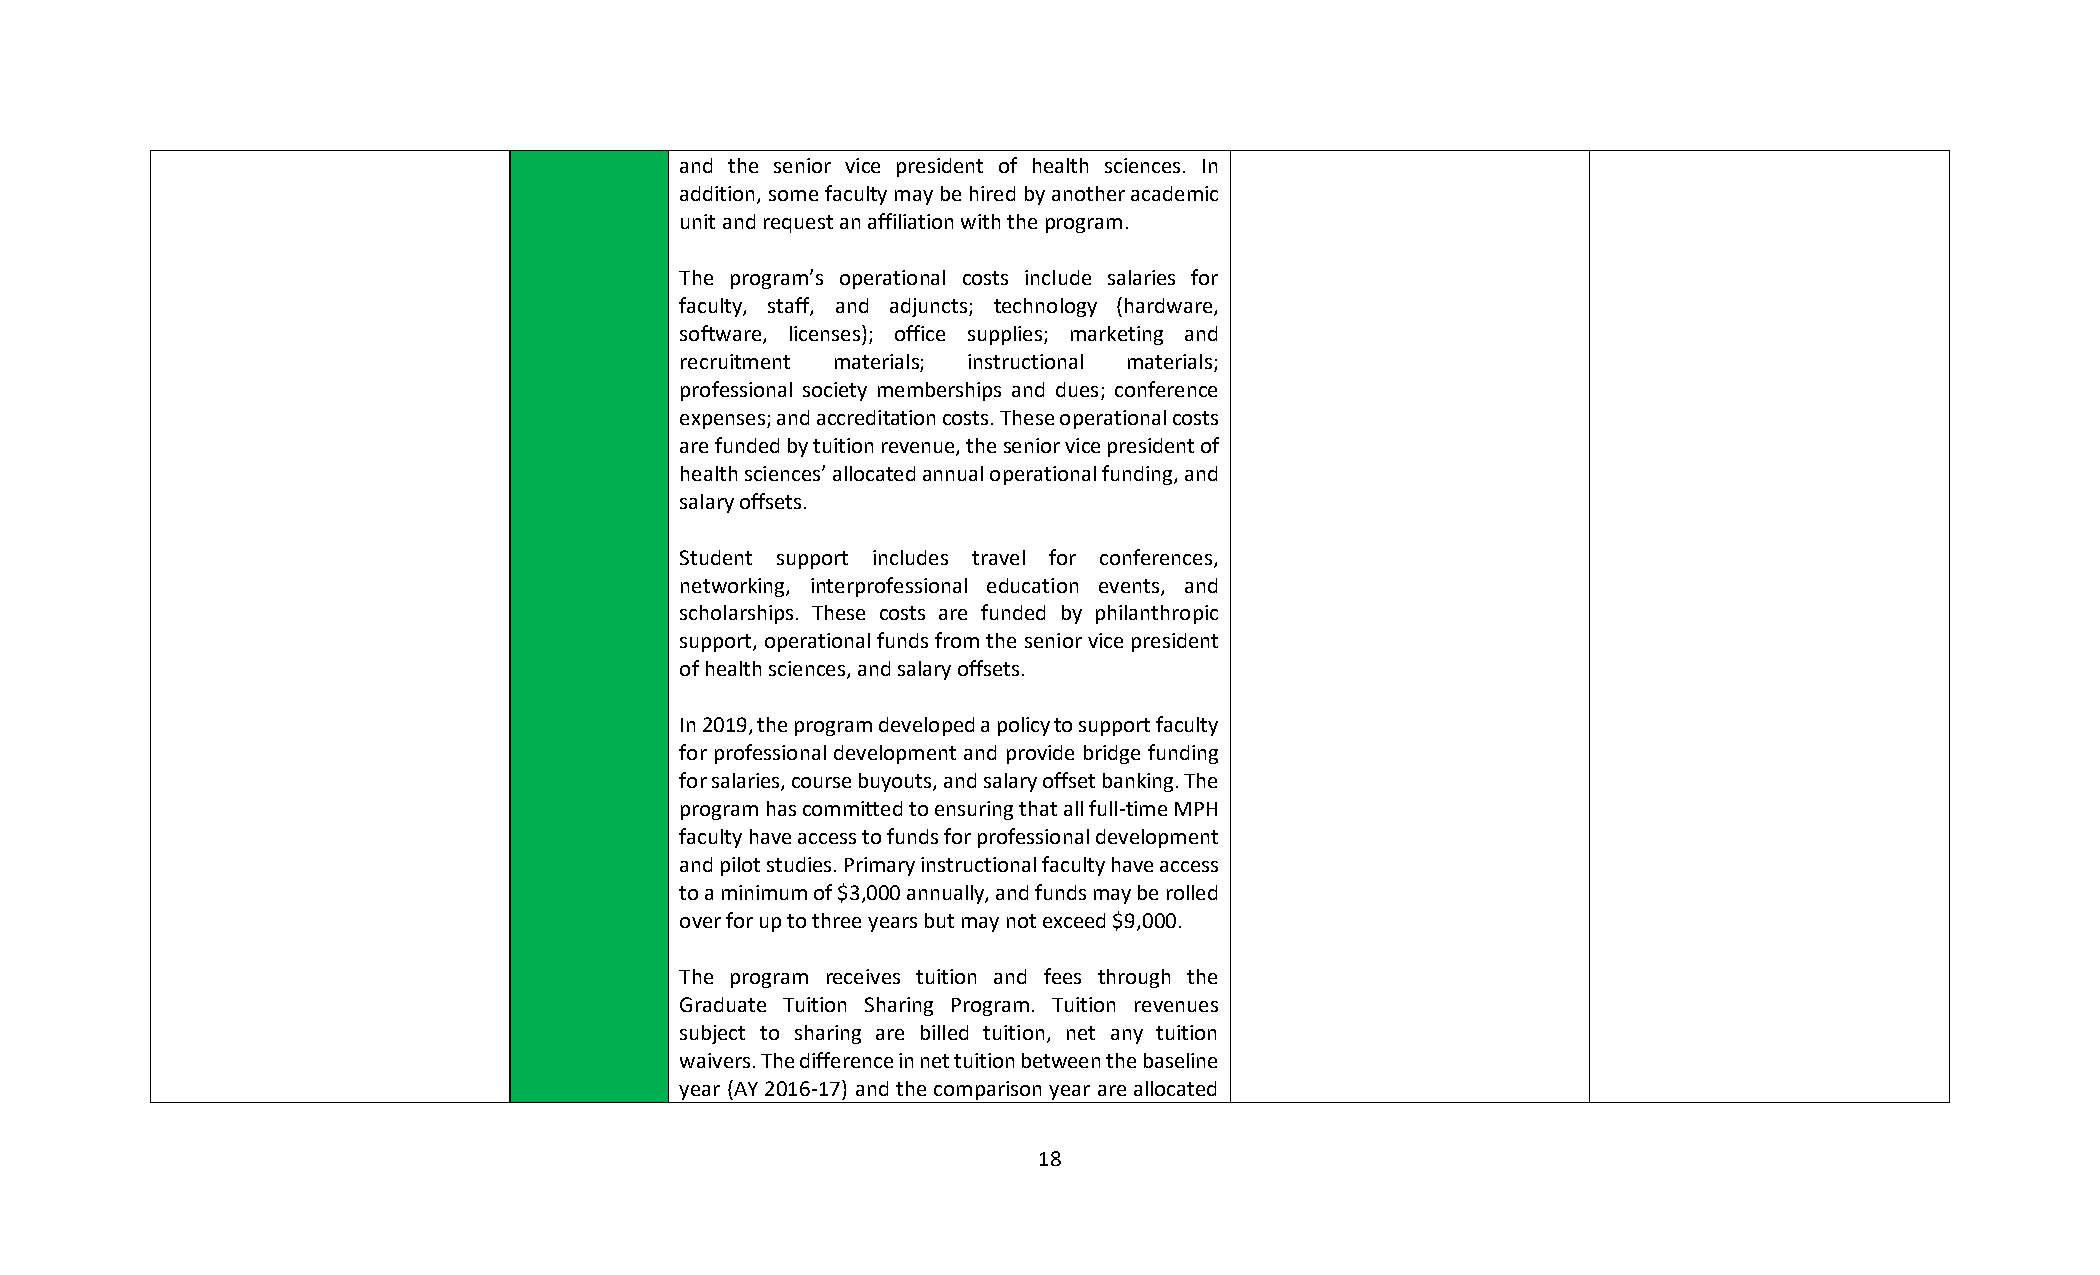
and the senior vice president of health sciences. In
 addition, some faculty may be hired by another academic
 unit and request an affiliation with the program.
 The program’s operational costs include salaries for
 faculty, staff, and adjuncts; technology (hardware,
 software, licenses); office supplies; marketing and
 recruitment materials; instructional materials;
 professional society memberships and dues; conference
 expenses; and accreditation costs. These operational costs
 are funded by tuition revenue, the senior vice president of
 health sciences’ allocated annual operational funding, and
 salary offsets.
 Student support includes travel for conferences,
 networking, interprofessional education events, and
 scholarships. These costs are funded by philanthropic
 support, operational funds from the senior vice president
 of health sciences, and salary offsets.
 In 2019, the program developed a policy to support faculty
 for professional development and provide bridge funding
 for salaries, course buyouts, and salary offset banking. The
 program has committed to ensuring that all full-time MPH
 faculty have access to funds for professional development
 and pilot studies. Primary instructional faculty have access
 to a minimum of $3,000 annually, and funds may be rolled
 over for up to three years but may not exceed $9,000.
 The program receives tuition and fees through the
 Graduate Tuition Sharing Program. Tuition revenues
 subject to sharing are billed tuition, net any tuition
 waivers. The difference in net tuition between the baseline
 year (AY 2016-17) and the comparison year are allocated
 18